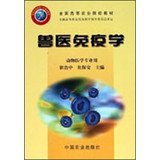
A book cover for National Forestry Colleges Eleventh Five-Year Plan materials : Veterinary Immunology(Chinese Edition); CUI ZHI ZHONG . CUI BAO AN; Medical Books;